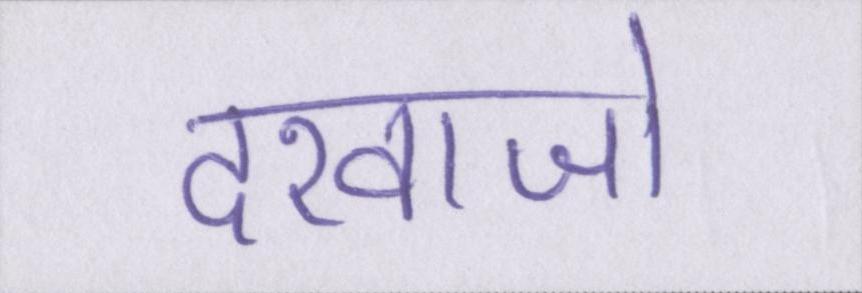
दरवाजो